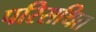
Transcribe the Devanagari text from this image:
परिसथित